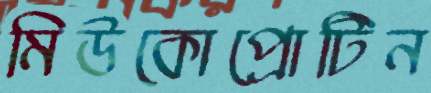
মিউকোপ্রোটিন